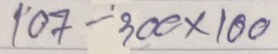
107 - 300 x 100